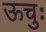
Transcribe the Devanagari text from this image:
ऊचुः